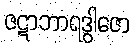
ဇဋာဘာရဒွါဇော